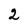
Character: 2